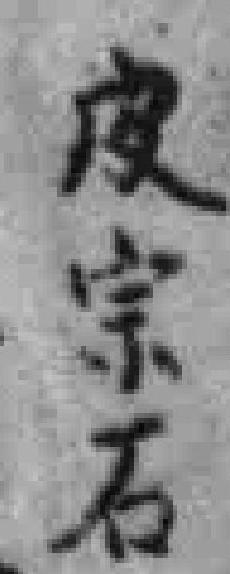
皮宗石